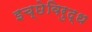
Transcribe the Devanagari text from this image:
इच्छेविरुद्ध